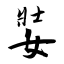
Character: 娤